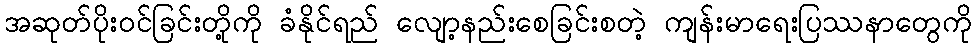
အဆုတ်ပိုးဝင်ခြင်းတို့ကို ခံနိုင်ရည် လျော့နည်းစေခြင်းစတဲ့ ကျန်းမာရေးပြဿနာတွေကို